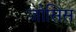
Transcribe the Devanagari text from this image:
जोसिस